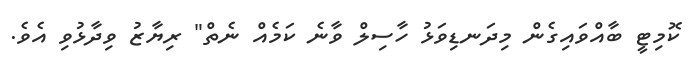
ކޮމިޓީ ބާއްވައިގެން މިދަނޑިވަޅު ހާސިިލް ވާނެ ކަމެއް ނެތް" ރިޔާޒު ވިދާޅުވި އެވެ.